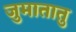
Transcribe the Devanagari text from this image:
जुमातातु